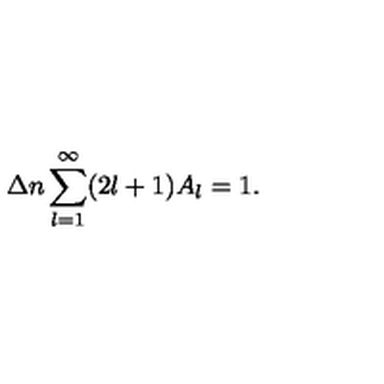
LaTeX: \Delta n \sum _ { l = 1 } ^ { \infty } ( 2 l + 1 ) A _ { l } = 1 { . }